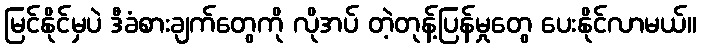
မြင်နိုင်မှပဲ ဒီခံစားချက်တွေကို လိုအပ် တဲ့တုန့်ပြန်မှုတွေ ပေးနိုင်လာမယ်။